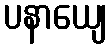
ပနာယျေ